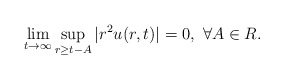
\begin{align*}\lim_{t\to\infty}\sup_{r\ge t-A}|r^2u(r,t)|=0,\,\,\forall A\in R.\end{align*}